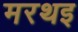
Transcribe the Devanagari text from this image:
मरथइ